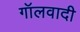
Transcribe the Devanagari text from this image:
गॉलवादी